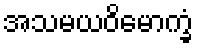
အသမယဝိမောက္ခံ